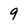
Character: 9